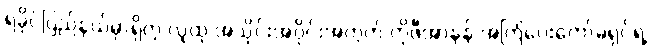
ရခိုင်ပြည်နယ်မှာရှိတဲ့ လူထု အသိုင်းအဝိုင်းအတွက် ကိုဖီအာနန် အကြံပေးကော်မရှင်ရဲ့